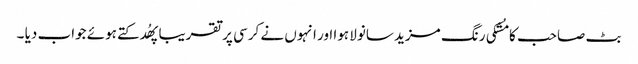
بٹ صاحب کا مُشکی رنگ مزید سانولا ہوا اور انہوں نے کرسی پر تقریبا پھُدکتے ہوئے جواب دیا ۔